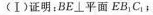
(Ⅰ) 证明：$$BE \perp 平面 EB_{1}C_{1}$$；